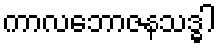
ကာလဘောဇနသဒ္ဓါ